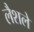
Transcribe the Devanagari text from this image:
लैशले